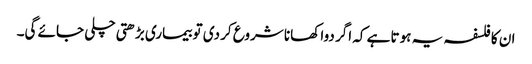
ان کا فلسفہ یہ ہوتا ہے کہ اگر دوا کھانا شروع کر دی تو بیماری بڑھتی چلی جائے گی۔